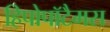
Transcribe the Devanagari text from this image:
हिपोपॉटैमस